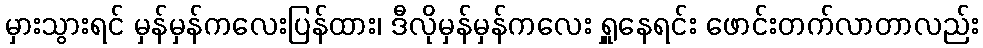
မှားသွားရင် မှန်မှန်ကလေးပြန်ထား၊ ဒီလိုမှန်မှန်ကလေး ရှူနေရင်း ဖောင်းတက်လာတာလည်း